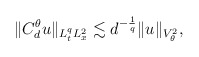
\begin{align*}\begin{aligned}\|C^{\theta}_d u\|_{L^q_tL^2_x} \lesssim d^{-\frac1q}\|u\|_{V^2_\theta},\end{aligned}\end{align*}